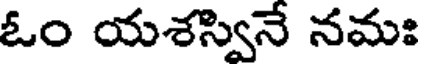
ఓం యశస్వినే నమః